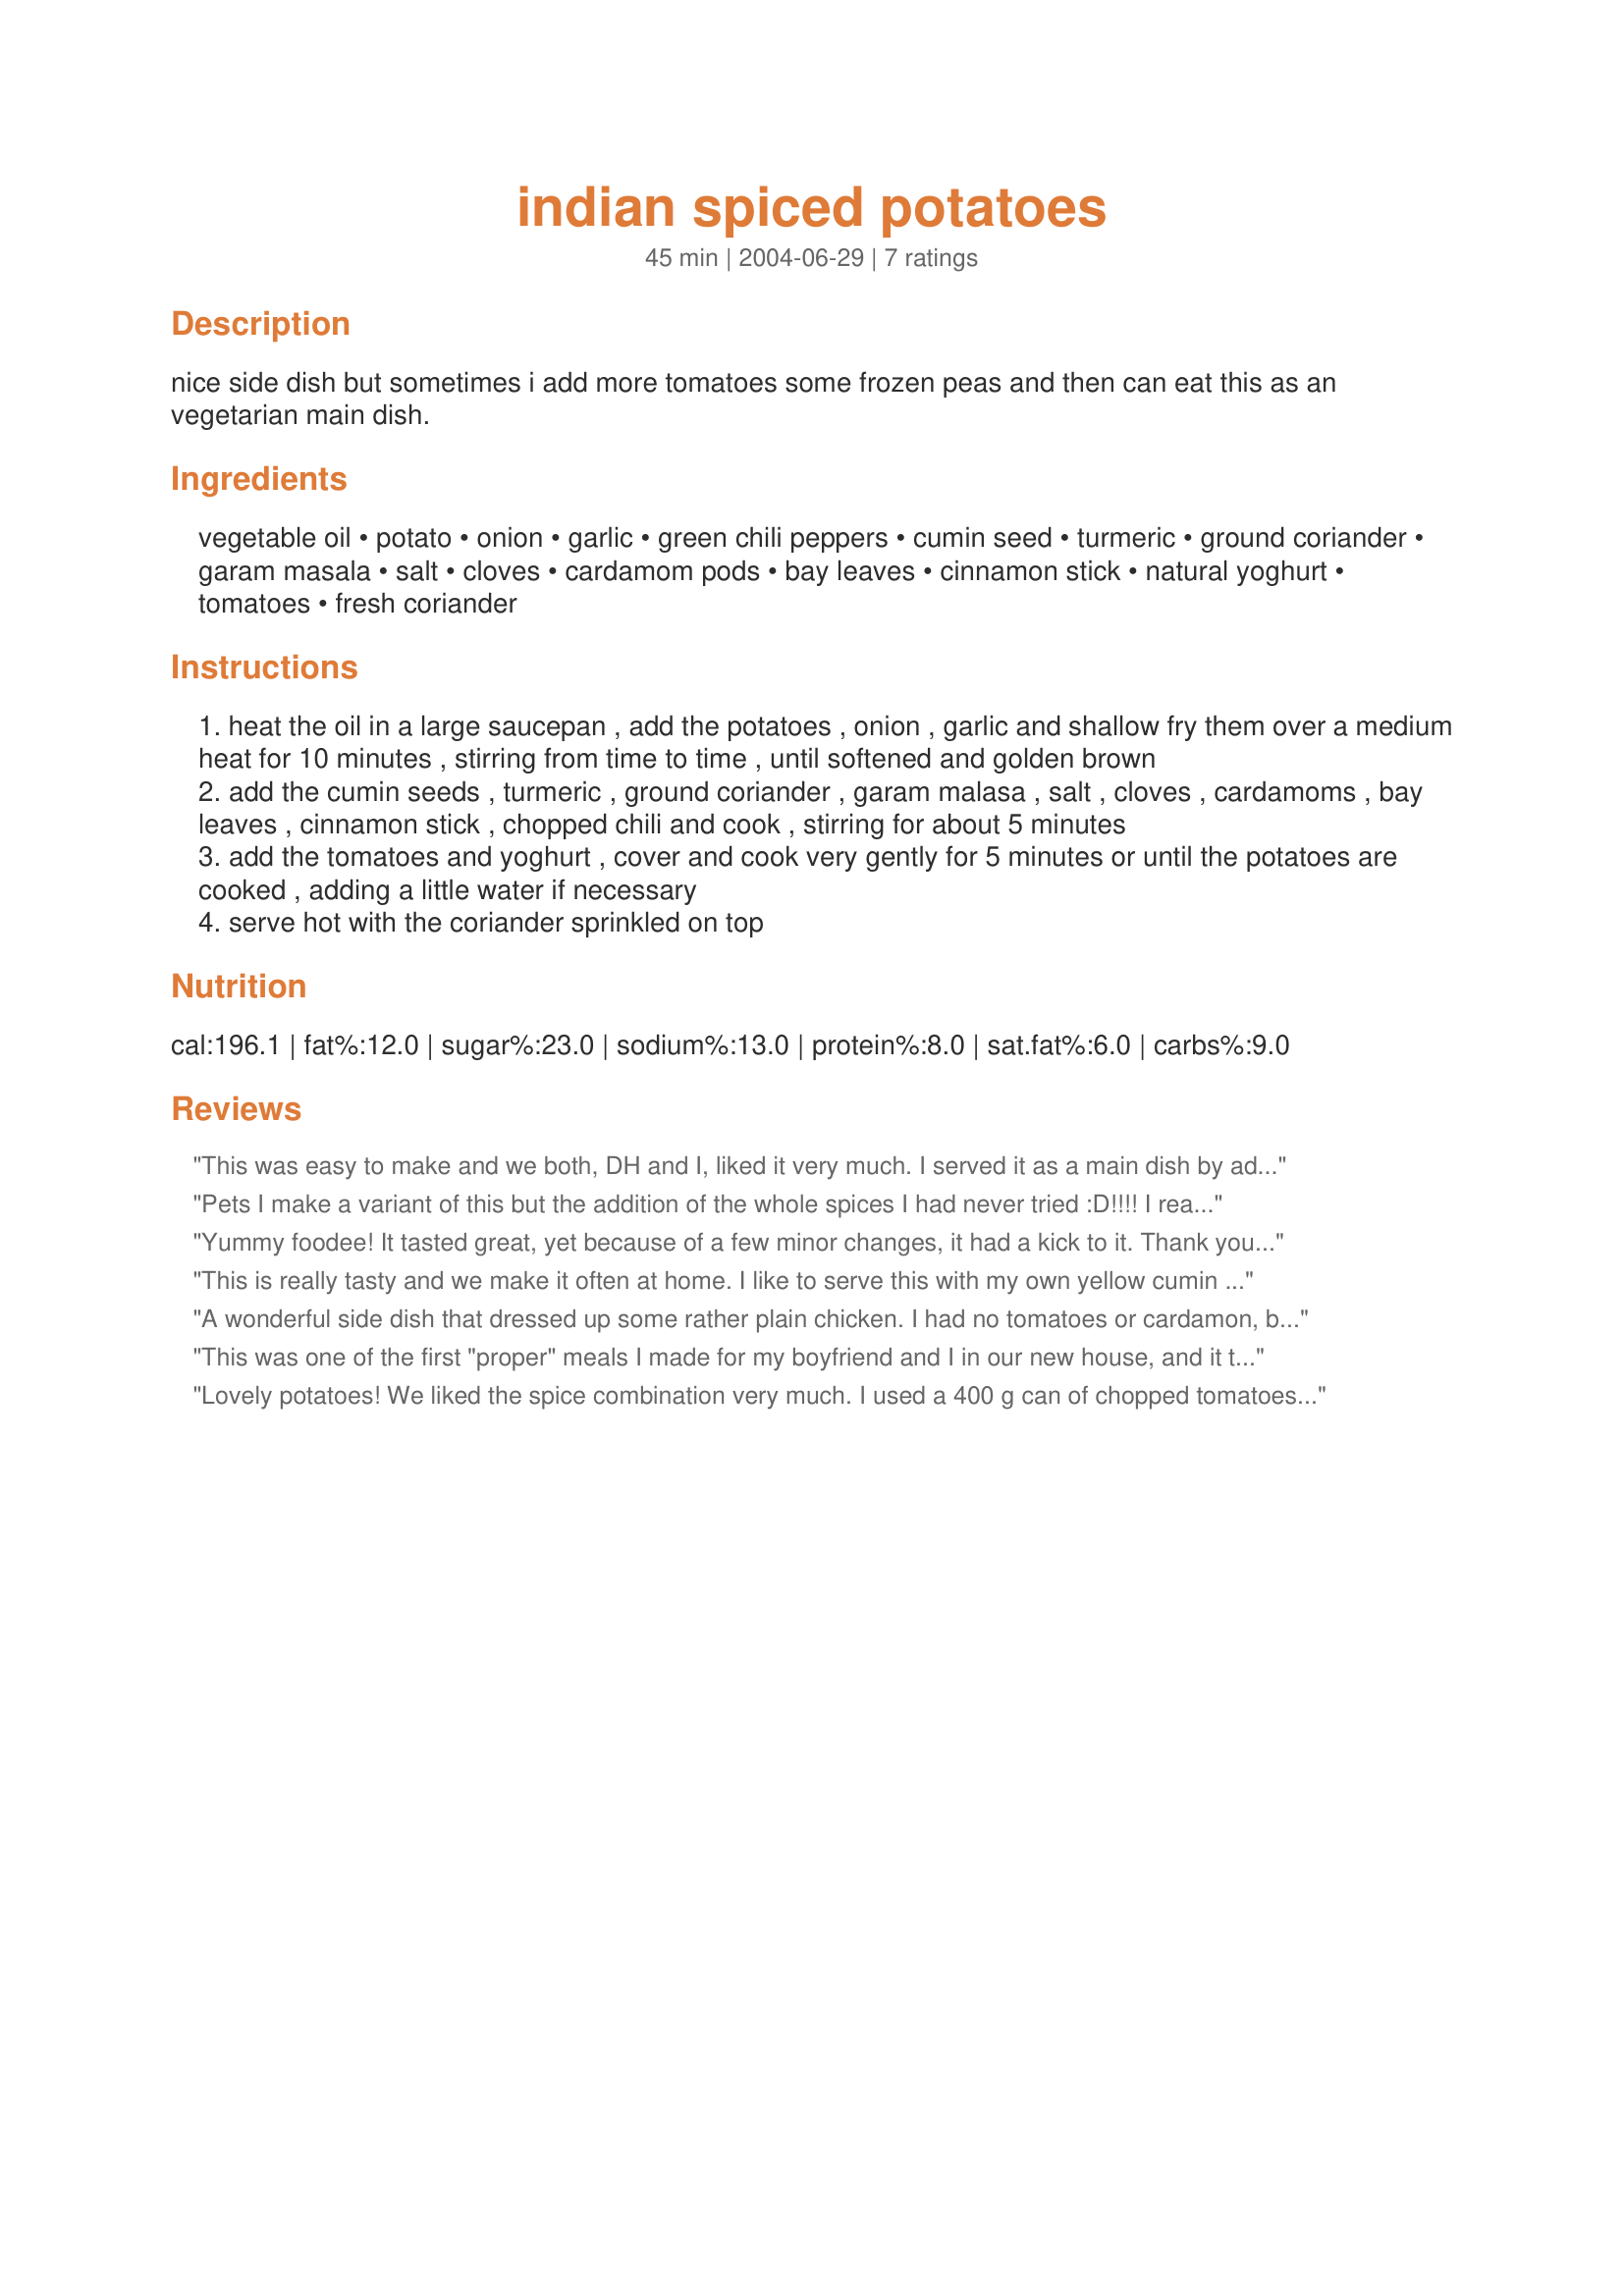
indian spiced potatoes
Preparation time: 45 minutes

nice side dish but sometimes i add more tomatoes some frozen peas and then can eat this as an vegetarian main dish.

Ingredients:
vegetable oil, potato, onion, garlic, green chili peppers, cumin seed, turmeric, ground coriander, garam masala, salt, cloves, cardamom pods, bay leaves, cinnamon stick, natural yoghurt, tomatoes, fresh coriander

Steps:
heat the oil in a large saucepan , add the potatoes , onion , garlic and shallow fry them over a medium heat for 10 minutes , stirring from time to time , until softened and golden brown
add the cumin seeds , turmeric , ground coriander , garam malasa , salt , cloves , cardamoms , bay leaves , cinnamon stick , chopped chili and cook , stirring for about 5 minutes
add the tomatoes and yoghurt , cover and cook very gently for 5 minutes or until the potatoes are cooked , adding a little water if necessary
serve hot with the coriander sprinkled on top

Reviews:
This was easy to make and we both, DH and I, liked it very much. I served it as a main dish by adding 2 more tomatoes and 1/2 cup frozen peas, like you suggested. I had to sub the chili with red pepper flakes, will use 1/2 t next time, I was a little too timid today. :) 
The one thing I did completely different was leaving out the yoghurt, because I was afraid it would curdle and I would not have liked the pinkish color it would have given the dish. I served the yoghurt mixed with a pinch of salt and a little minced tomatoes as a side dish together with some bread. - A very good vegeterian meal.
Pets I make a variant of this but the addition of the whole spices I had never tried :D!!!! I really loved it and liked the addition of the yoghurt too. I used the green chilli and added the peas as you have mentioned. We had it with a dal and rice and roast chicken. Thank you. :) Fay
Yummy foodee! It tasted great, yet because of a few minor changes, it had a kick to it. Thank you for posting!
This is really tasty and we make it often at home. I like to serve this with my own yellow cumin rice{recipe yet to go up on Zaar} and some plain yogurt with a tall glass of chilled mango juice! It just puts my family in food and drink heaven:-)!
A wonderful side dish that dressed up some rather plain chicken. I had no tomatoes or cardamon, but there was plenty of flavor even without those.
This was one of the first "proper" meals I made for my boyfriend and I in our new house, and it turned out great, I was so proud. I added frozen peas like you suggested, also some other mixed frozen vegies to make it a main dish. Thanks so much for posting it, it's definitely become a favourite here.
Lovely potatoes! We liked the spice combination very much. I used a 400 g can of chopped tomatoes, so got a fairly saucy dish. Will be making this again. Thank you very much for sharing this recipe with us.
